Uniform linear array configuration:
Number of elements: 12
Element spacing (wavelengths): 1
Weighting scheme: cosine
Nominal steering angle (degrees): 60
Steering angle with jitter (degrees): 61.597
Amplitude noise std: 0.05
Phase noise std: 0.05

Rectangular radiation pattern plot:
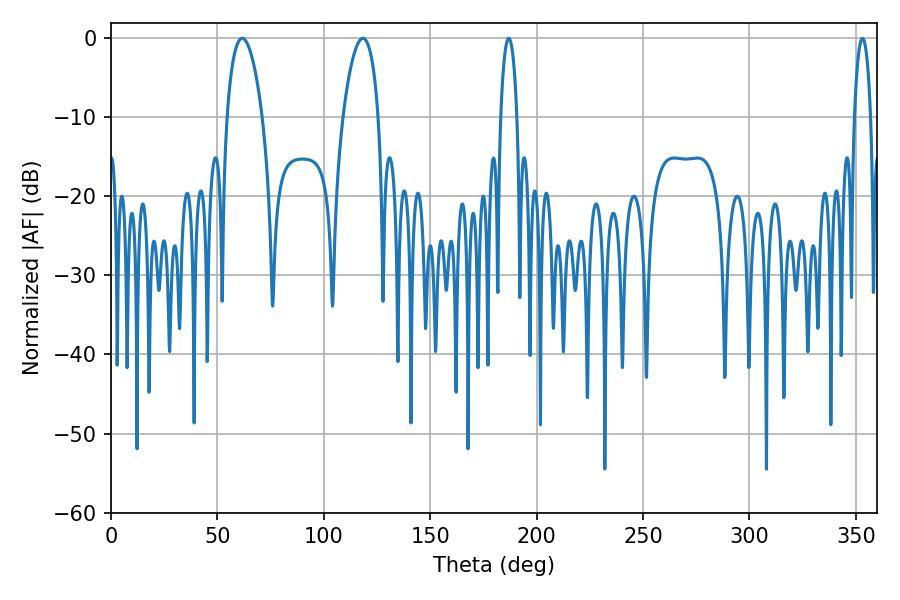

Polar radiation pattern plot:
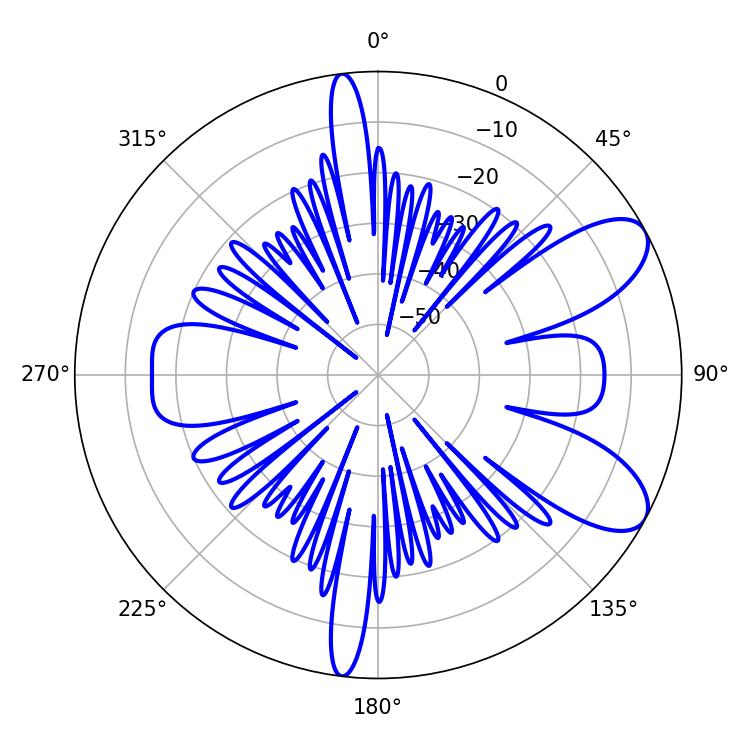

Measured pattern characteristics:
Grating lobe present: TRUE
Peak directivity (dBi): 8.52
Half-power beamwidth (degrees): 9.36
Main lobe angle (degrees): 61.56